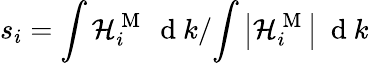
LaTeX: s_{i}={\int\mathcal{H}_{i}^{\mathrm{~M~}}\ \mathrm{~d~}k}/{\int\left|\mathcal{H}_{i}^{\mathrm{~M~}}\right|\ \mathrm{~d~}k}